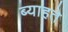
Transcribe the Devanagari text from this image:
ब्याहते